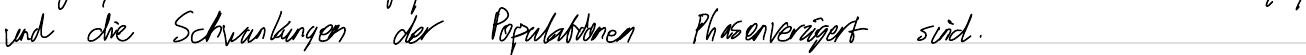
und die Schwankungen der Populationen Phasenverzögert sind.